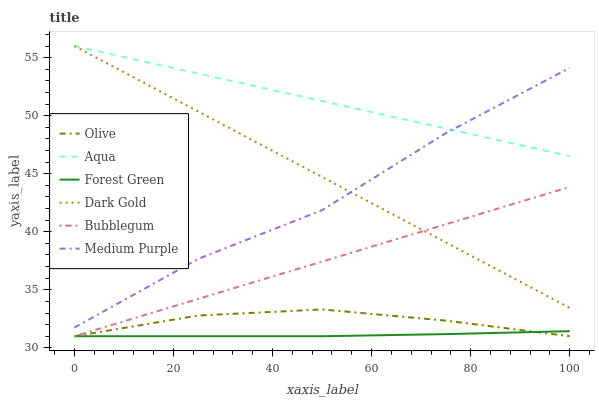
| xaxis_label | Olive | Aqua | Forest Green | Dark Gold | Bubblegum | Medium Purple |
 | --- | --- | --- | --- | --- | --- | --- |
 | 0 | 31 | 56 | 31 | 56 | 31 | 31.7 |
 | 25 | 32.8 | 53.6 | 31 | 50.4 | 34.2 | 37.7 |
 | 50 | 33.3 | 51.3 | 31 | 44.7 | 37.4 | 41.9 |
 | 75 | 32.3 | 48.9 | 31.2 | 39.1 | 40.6 | 48.5 |
 | 100 | 31 | 46.5 | 31.4 | 33.4 | 43.9 | 54.1 |